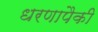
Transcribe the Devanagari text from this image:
धरणापैकी